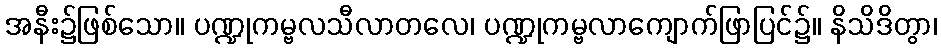
အနီး၌ဖြစ်သော။ ပဏ္ဍုကမ္ဗလသီလာတလေ၊ ပဏ္ဍုကမ္ဗလာကျောက်ဖြာပြင်၌။ နိသိဒိတွာ၊